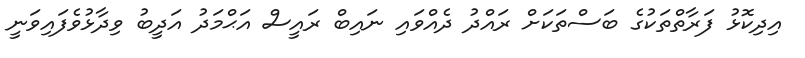
އިދިކޮޅު ފަރާތްތަކުގެ ބަސްތަކަށް ރައްދު ދެއްވައި ނައިބް ރައީސް އަޙްމަދު އަދީބު ވިދާޅުވެފައިވަނީ